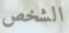
الشخص